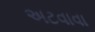
અટવાવા